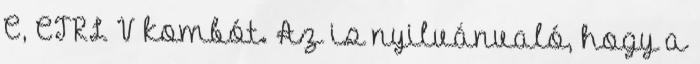
C, CTRL V kombót. Az is nyilvánvaló, hogy a